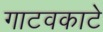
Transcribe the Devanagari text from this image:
गाटवकाटे